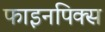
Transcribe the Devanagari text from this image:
फाइनपिक्स